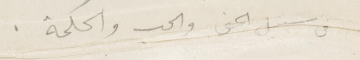
في سبيل الحق والحب والحكمة